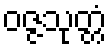
ဝဇ္ဇသုတ္တံ